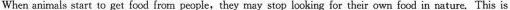
When animals start to get food írom people,they may stop looking for their own food in nature.This is